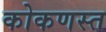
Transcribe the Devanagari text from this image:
कोकणस्त